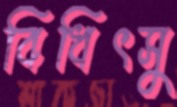
বিধিৎসু